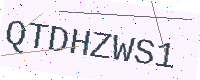
Text: QTDHZWS1